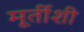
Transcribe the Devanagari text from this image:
मूर्तीशी